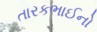
તારકભાઈનો